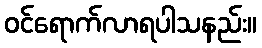
ဝင်ရောက်လာရပါသနည်း။